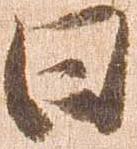
日